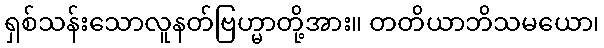
ရှစ်သန်းသောလူနတ်ဗြဟ္မာတို့အား။ တတိယာဘိသမယော၊